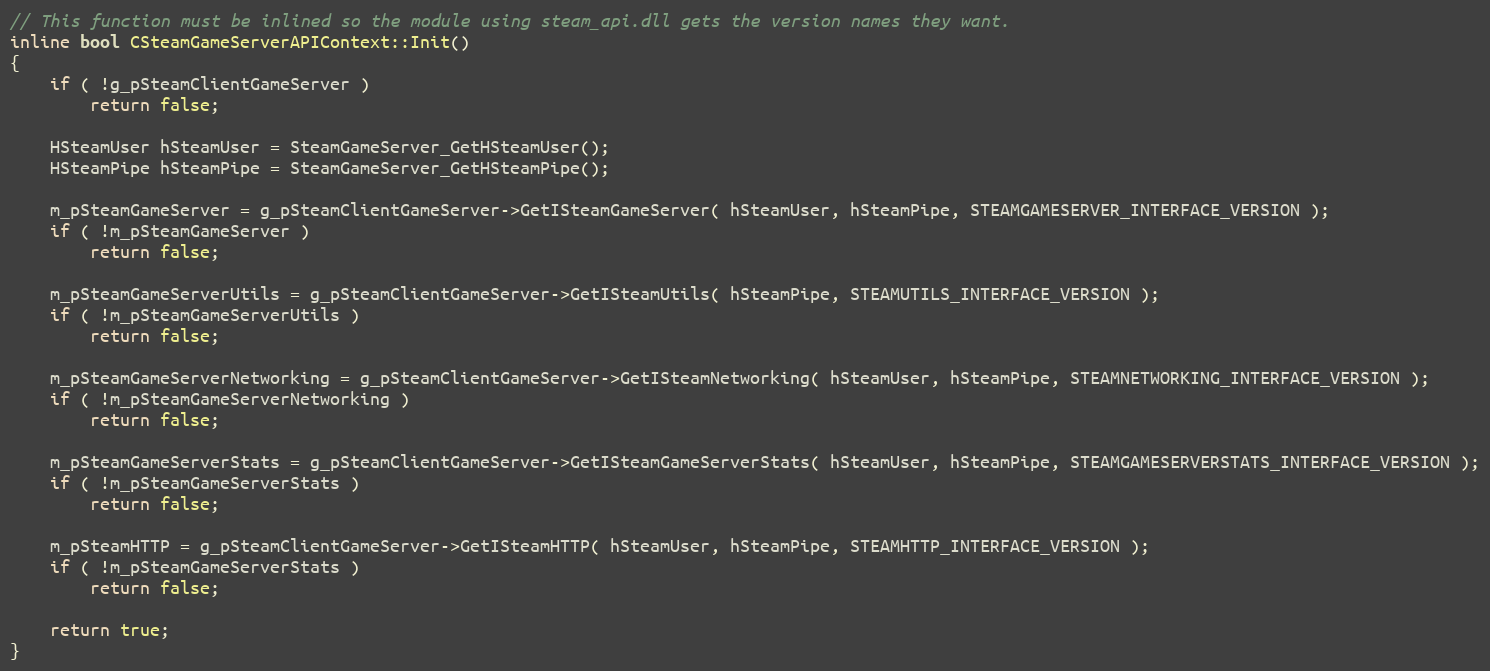
Language: C
// This function must be inlined so the module using steam_api.dll gets the version names they want.
inline bool CSteamGameServerAPIContext::Init()
{
	if ( !g_pSteamClientGameServer )
		return false;

	HSteamUser hSteamUser = SteamGameServer_GetHSteamUser();
	HSteamPipe hSteamPipe = SteamGameServer_GetHSteamPipe();

	m_pSteamGameServer = g_pSteamClientGameServer->GetISteamGameServer( hSteamUser, hSteamPipe, STEAMGAMESERVER_INTERFACE_VERSION );
	if ( !m_pSteamGameServer )
		return false;

	m_pSteamGameServerUtils = g_pSteamClientGameServer->GetISteamUtils( hSteamPipe, STEAMUTILS_INTERFACE_VERSION );
	if ( !m_pSteamGameServerUtils )
		return false;

	m_pSteamGameServerNetworking = g_pSteamClientGameServer->GetISteamNetworking( hSteamUser, hSteamPipe, STEAMNETWORKING_INTERFACE_VERSION );
	if ( !m_pSteamGameServerNetworking )
		return false;

	m_pSteamGameServerStats = g_pSteamClientGameServer->GetISteamGameServerStats( hSteamUser, hSteamPipe, STEAMGAMESERVERSTATS_INTERFACE_VERSION );
	if ( !m_pSteamGameServerStats )
		return false;

	m_pSteamHTTP = g_pSteamClientGameServer->GetISteamHTTP( hSteamUser, hSteamPipe, STEAMHTTP_INTERFACE_VERSION );
	if ( !m_pSteamGameServerStats )
		return false;

	return true;
}